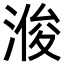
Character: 𪶠